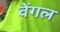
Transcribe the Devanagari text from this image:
वेंगल